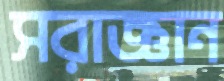
সরাজ্ঞান